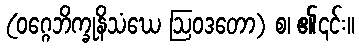
(ဝဂ္ဂေဘိက္ခုနိသံဃေ ဩဝဒတော) စ၊ ၏၎င်း။